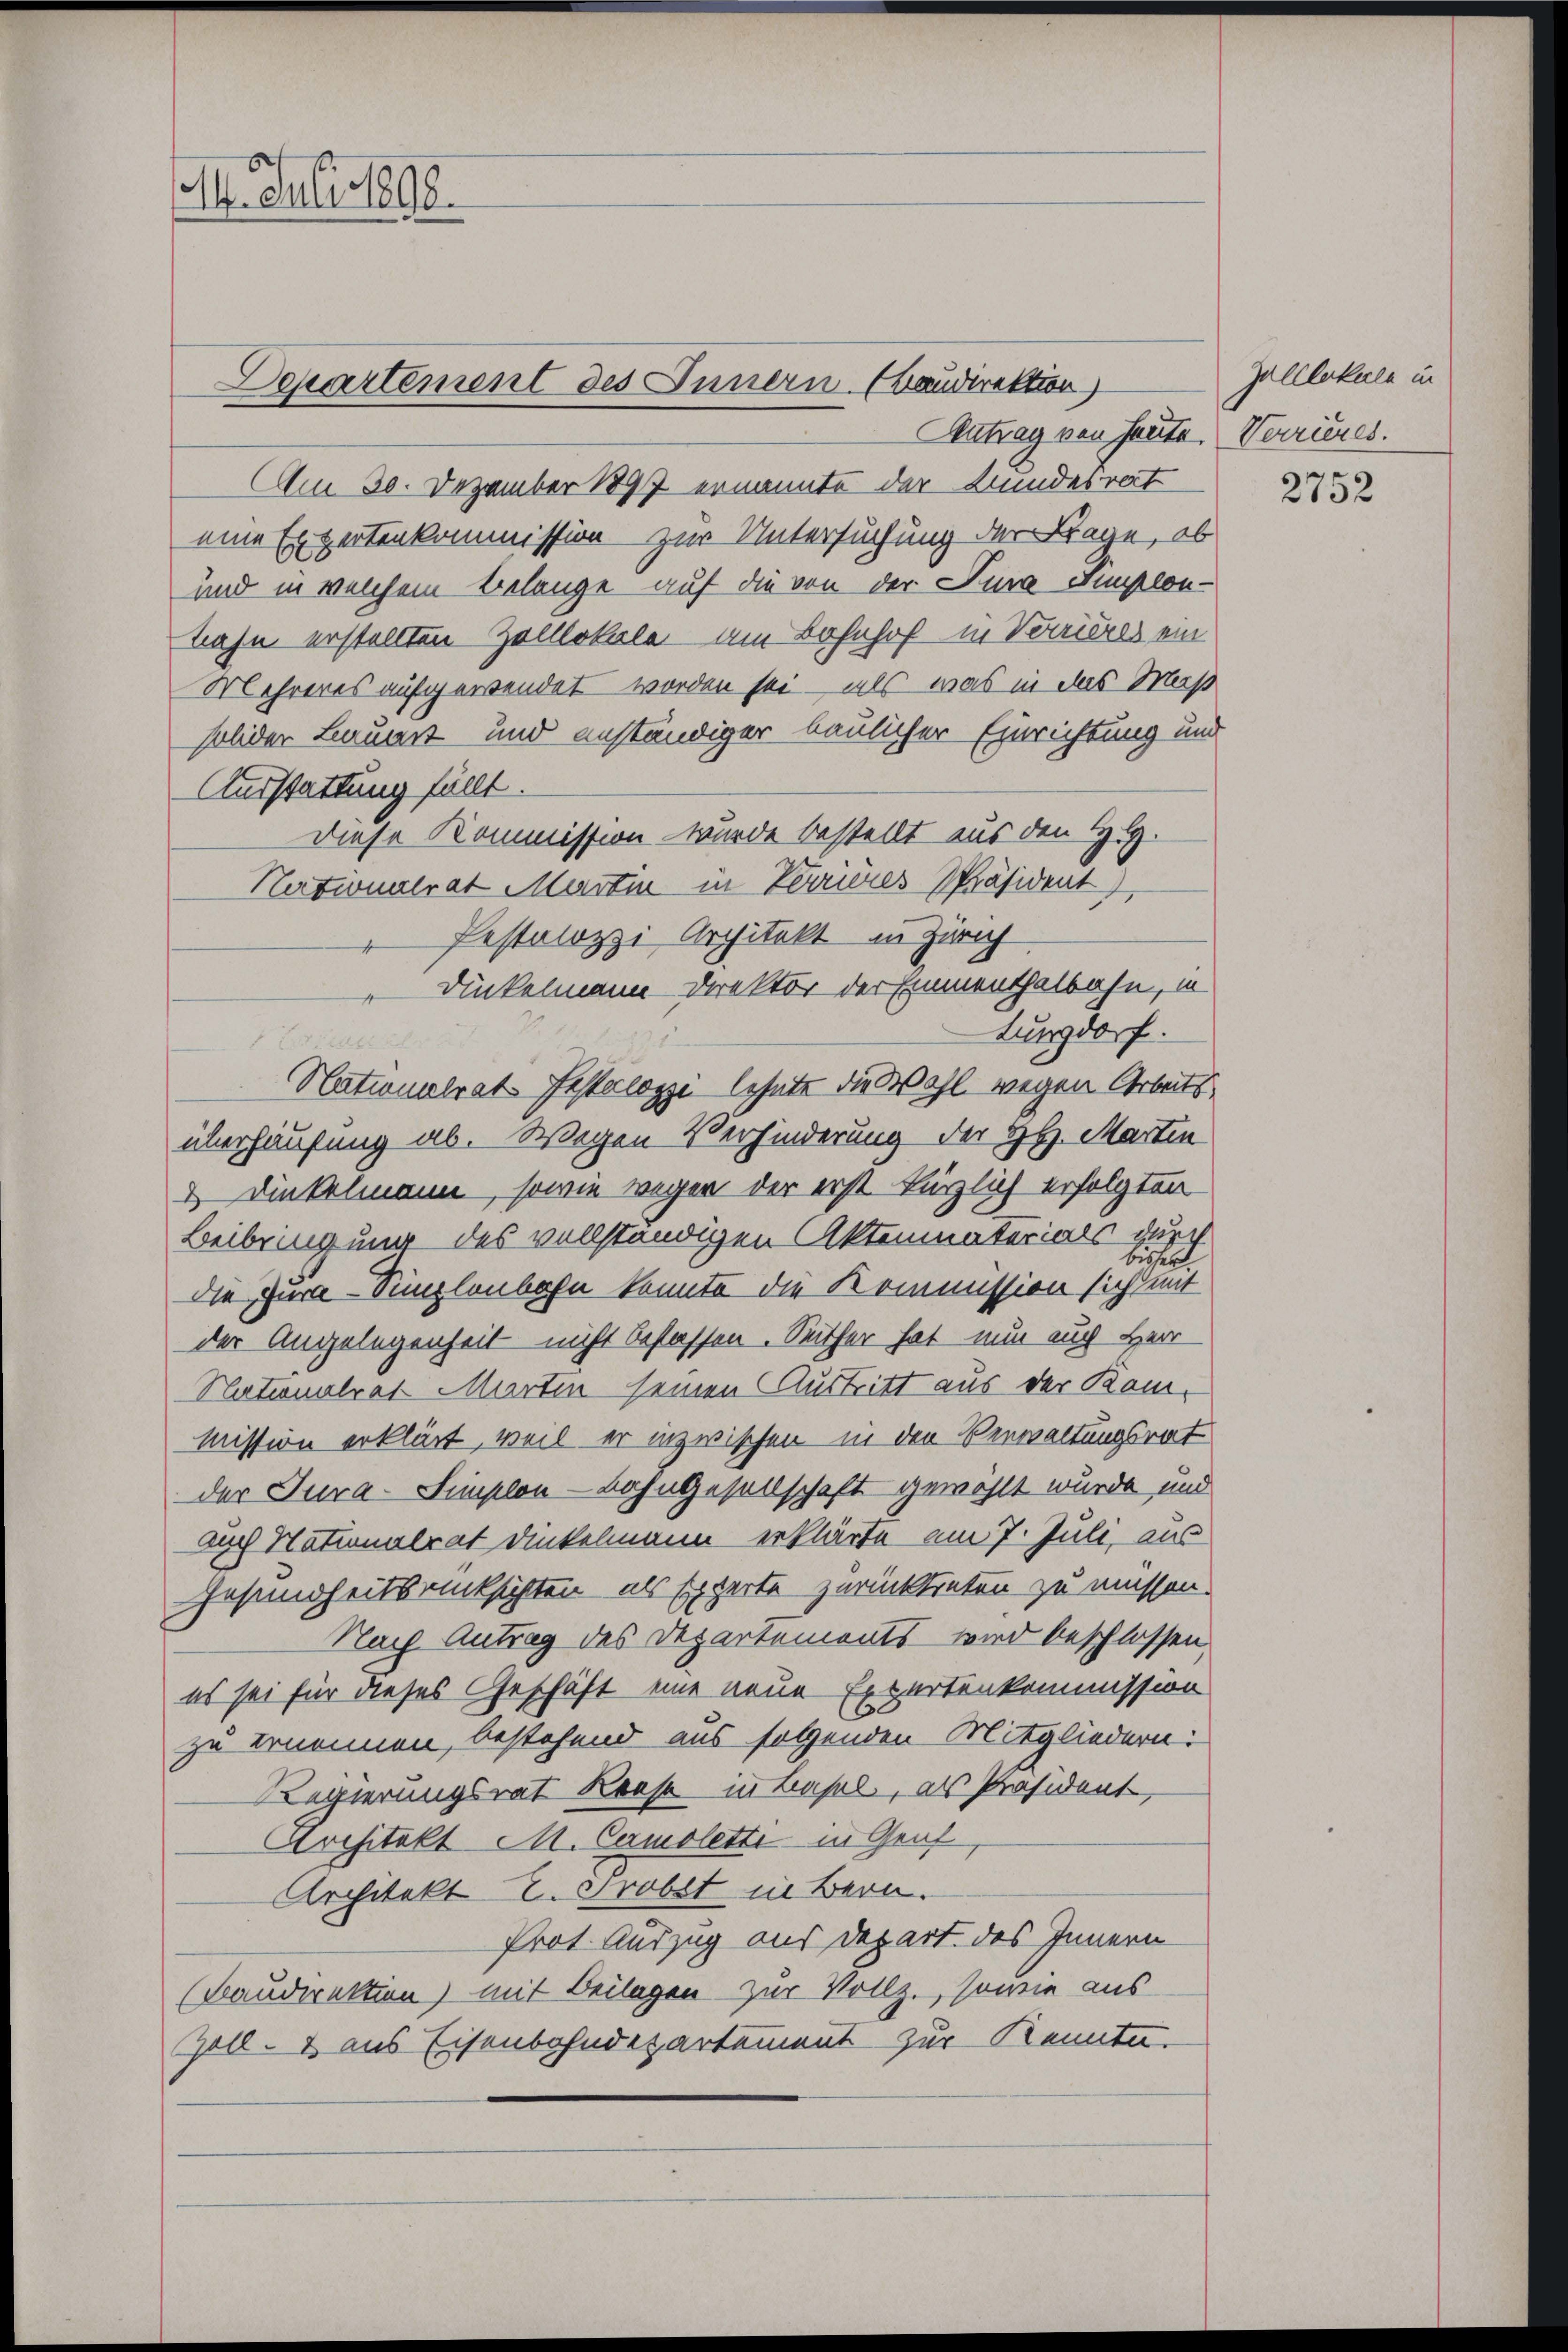
M. Juli 1898.

Antrag von Heute. Verrieres.
Am 30. Dezember 1897 ernannte der Bundesrat
eine Expertenkommission zur Untersuchung der Frage, ob
und in welchem Belange auf die von der Jura amplon-
bahn erstellten Zolllokale am Bahnhof in Vordels ein
Mehreres aufgewendet worden sei – als was in das Maß
solider Lauert und anständiger baulicher Einrichtung und
Ausstattung füllt.
Diese Kommission - wurde bestellt aus den Hl.
Nationalrat Martin in Verneres Präsident,
Pestalozzi Architekt in Zürich
Dinkelmann Direktor der Emmenthalbahn, in
tungdorf.
 Eisenber
4
Nationalrat Pestalozzi lehnte du wohl wegen Arbeits
überhausung ab. Wegen Verhinderung der HH. Martin
& Dinkelmann, sowie wegen der erst kürzlich erfolgten
Beibringung des vollständigen Aktenmaterials durch
bisser.
die Jura - Simplenbahn konnte die Kommission sich mit
der Angelegenheit nicht bestassen. Seither hat nun auch Herr
Nationalrat Martin seinen Austritt aus der Kammission erklärt, weil er inzwischen in den Verwaltungsrat
der Jura-Simplon - Lahngesellschaft gewählt wurde und
auch Nationalrat Dinkelmann erklärte am 7. Juli, aus
Gesundheitsrücksichten, als Experte zurücktreten zu müssen.
Nach Antrag des Departements wird beschlossen,
es sei für dieses Geschäft eine neue Expertenkommission
zu ernennen, bestehend aus folgenden Mitgliedern:
Regierungsrat Loose in Basel, als Präsident,
Architekt M. Camolette in Genf
Architekt I. Probet in Bern.
Prot. Auszug aus Depart des Innern
(Baudirektion) mit Beilagen zur Vollz., sowie aus
Zoll- & aus Eisenbahndepartement zur Kennte.

Departement des Innern (Baudirektion

Zalllokale in

2752